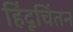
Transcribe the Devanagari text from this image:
हिंदूचिंतन